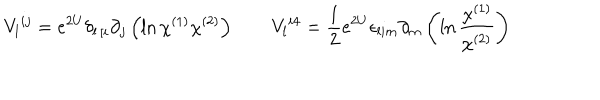
LaTeX: V _ { l } { } ^ { i j } = e ^ { 2 U } \delta _ { l \, [ i } \partial _ { j } \left( \ln \chi ^ { ( 1 ) } \chi ^ { ( 2 ) } \right) \qquad V _ { l } { } ^ { i 4 } = { \frac { 1 } { 2 } } e ^ { 2 U } \epsilon _ { l i m } \partial _ { m } \left( \ln { \frac { \chi ^ { ( 1 ) } } { \chi ^ { ( 2 ) } } } \right)